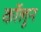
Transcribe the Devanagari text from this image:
कॉलून